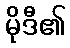
မိုဒီ၏